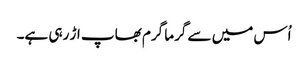
اُس میں سے گرما گرم بھاپ اڑ رہی ہے۔